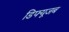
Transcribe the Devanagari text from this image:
डिफ्यूजब